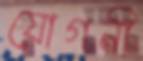
যোগনী